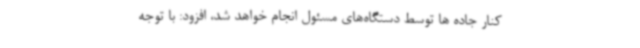
کنار جاده ها توسط دستگاه‌های مسئول انجام خواهد شد، افزود: با توجه